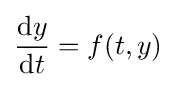
{\frac {\mathrm {d} y}{\mathrm {d} t}}=f(t,y)